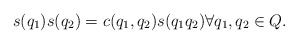
\begin{align*} s(q_1)s(q_2) = c(q_1,q_2) s(q_1q_2) \forall q_1,q_2 \in Q.\end{align*}